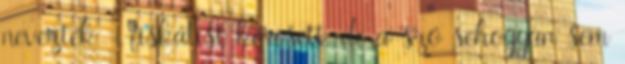
nevezték - fiskálist keresett, de a szó sehogyan sem